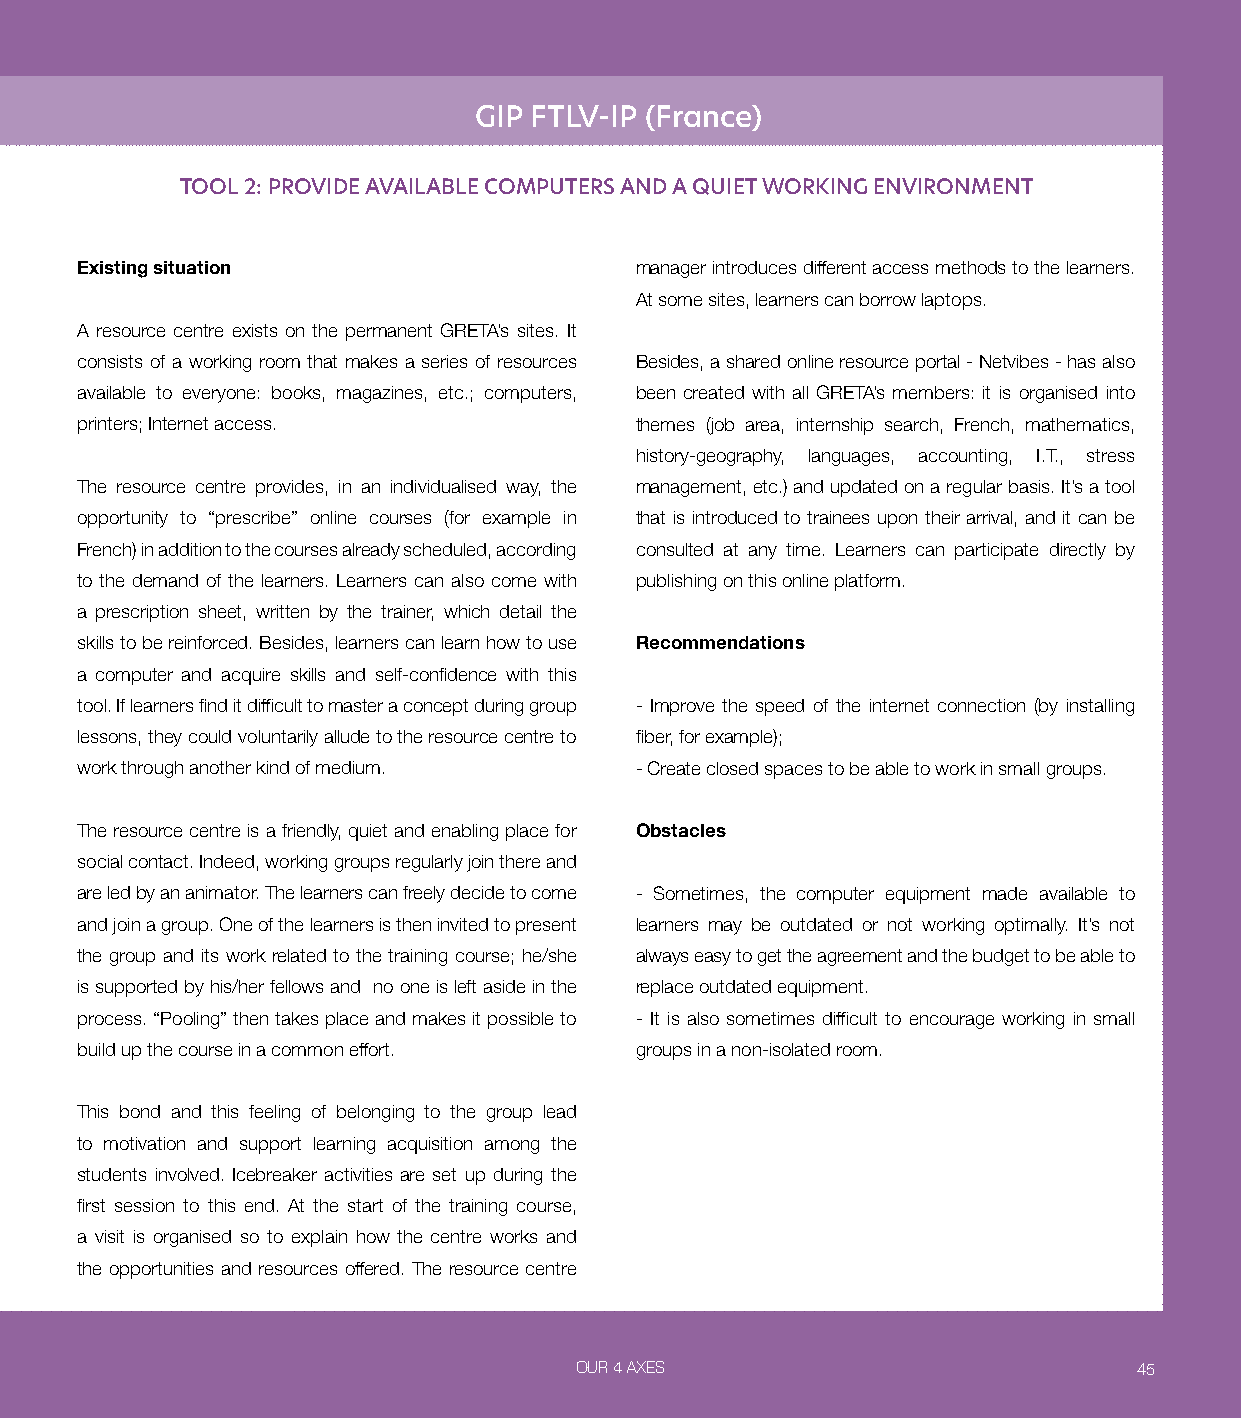
GIP FTLV-IP (France)
 TOOL 2: PROVIDE AVAILABLE COMPUTERS AND A QUIET WORKING ENVIRONMENT
 Existing situation                   manager introduces different access methods to the learners.
 At some sites, learners can borrow laptops.
 A resource centre exists on the permanent GRETA’s sites. It
 consists of a working room that makes a series of resources Besides, a shared online resource portal - Netvibes - has also
 available to everyone: books, magazines, etc.; computers, been created with all GRETA’s members: it is organised into
 printers; Internet access.           themes (job area, internship search, French, mathematics,
 history-geography, languages, accounting, I.T., stress
 The resource centre provides, in an individualised way, the management, etc.) and updated on a regular basis. It’s a tool
 opportunity to “prescribe” online courses (for example in that is introduced to trainees upon their arrival, and it can be
 French) in addition to the courses already scheduled, according consulted at any time. Learners can participate directly by
 to the demand of the learners. Learners can also come with publishing on this online platform.
 a prescription sheet, written by the trainer, which detail the
 skills to be reinforced. Besides, learners can learn how to use Recommendations
 a computer and acquire skills and self-confidence with this
 tool. If learners find it difficult to master a concept during group - Improve the speed of the internet connection (by installing
 lessons, they could voluntarily allude to the resource centre to fiber, for example);
 work through another kind of medium. - Create closed spaces to be able to work in small groups.
 The resource centre is a friendly, quiet and enabling place for Obstacles
 social contact. Indeed, working groups regularly join there and
 are led by an animator. The learners can freely decide to come - Sometimes, the computer equipment made available to
 and join a group. One of the learners is then invited to present learners may be outdated or not working optimally. It’s not
 the group and its work related to the training course; he/she always easy to get the agreement and the budget to be able to
 is supported by his/her fellows and no one is left aside in the replace outdated equipment.
 process. “Pooling” then takes place and makes it possible to - It is also sometimes difficult to encourage working in small
 build up the course in a common effort. groups in a non-isolated room.
 This bond and this feeling of belonging to the group lead
 to motivation and support learning acquisition among the
 students involved. Icebreaker activities are set up during the
 first session to this end. At the start of the training course,
 a visit is organised so to explain how the centre works and
 the opportunities and resources offered. The resource centre
 OUR 4 AXES                           45